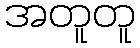
အတူတူ